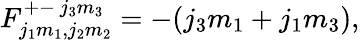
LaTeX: F_{j_{1}m_{1},j_{2}m_{2}}^{+-~j_{3}m_{3}}=-(j_{3}m_{1}+j_{1}m_{3}),